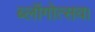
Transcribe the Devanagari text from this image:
ब्लॉगोत्सव।